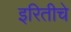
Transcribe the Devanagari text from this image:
इरितीचे